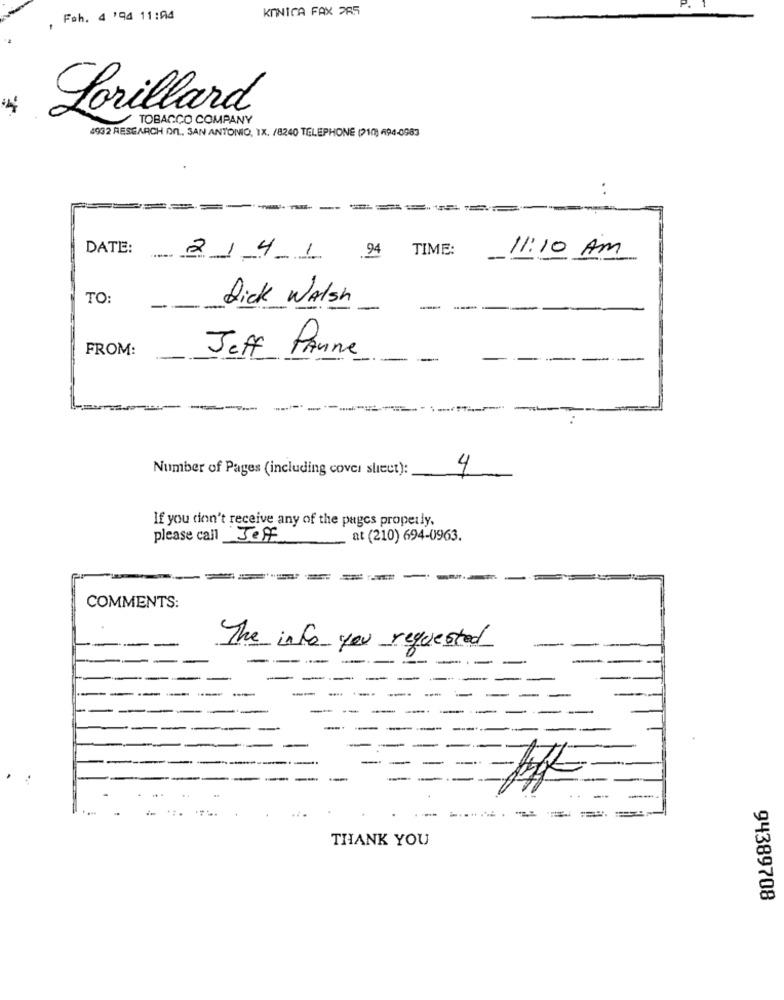
KONICA FAX 285
, Føh. 4 '94 11:04
Porillard
TOBACCO COMPANY
4932 RESEARCH On, SAN ANTONIO, 1X. /8240 TELEPHONE (210) 494-0983
-
DATE:
TIME:
24 1
11:10 AM
TO:
-
Dick Walsh
-
FROM:
Jeff Panne
Number of Pages (including cover sheet):
4
If you don't receive any of the pages properly.
please call Jeff
at (210) 694-0963.
COMMENTS:
The info you requested
----
-
----
THANK YOU
94389708